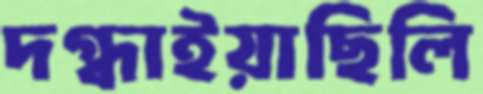
দগ্ধাইয়াছিলি